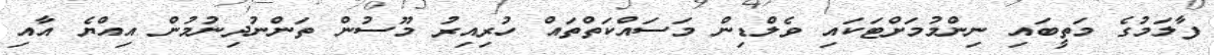
ފާލަމުގެ މަތީބައި ނިންމުމަށްޓަކައި ވެލްޑިން މަސައްކަތްތައް ހުރިއިރު މޫސުން ތަންނުދިނުމުން އިއްޔެ އާއި